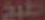
طبخ